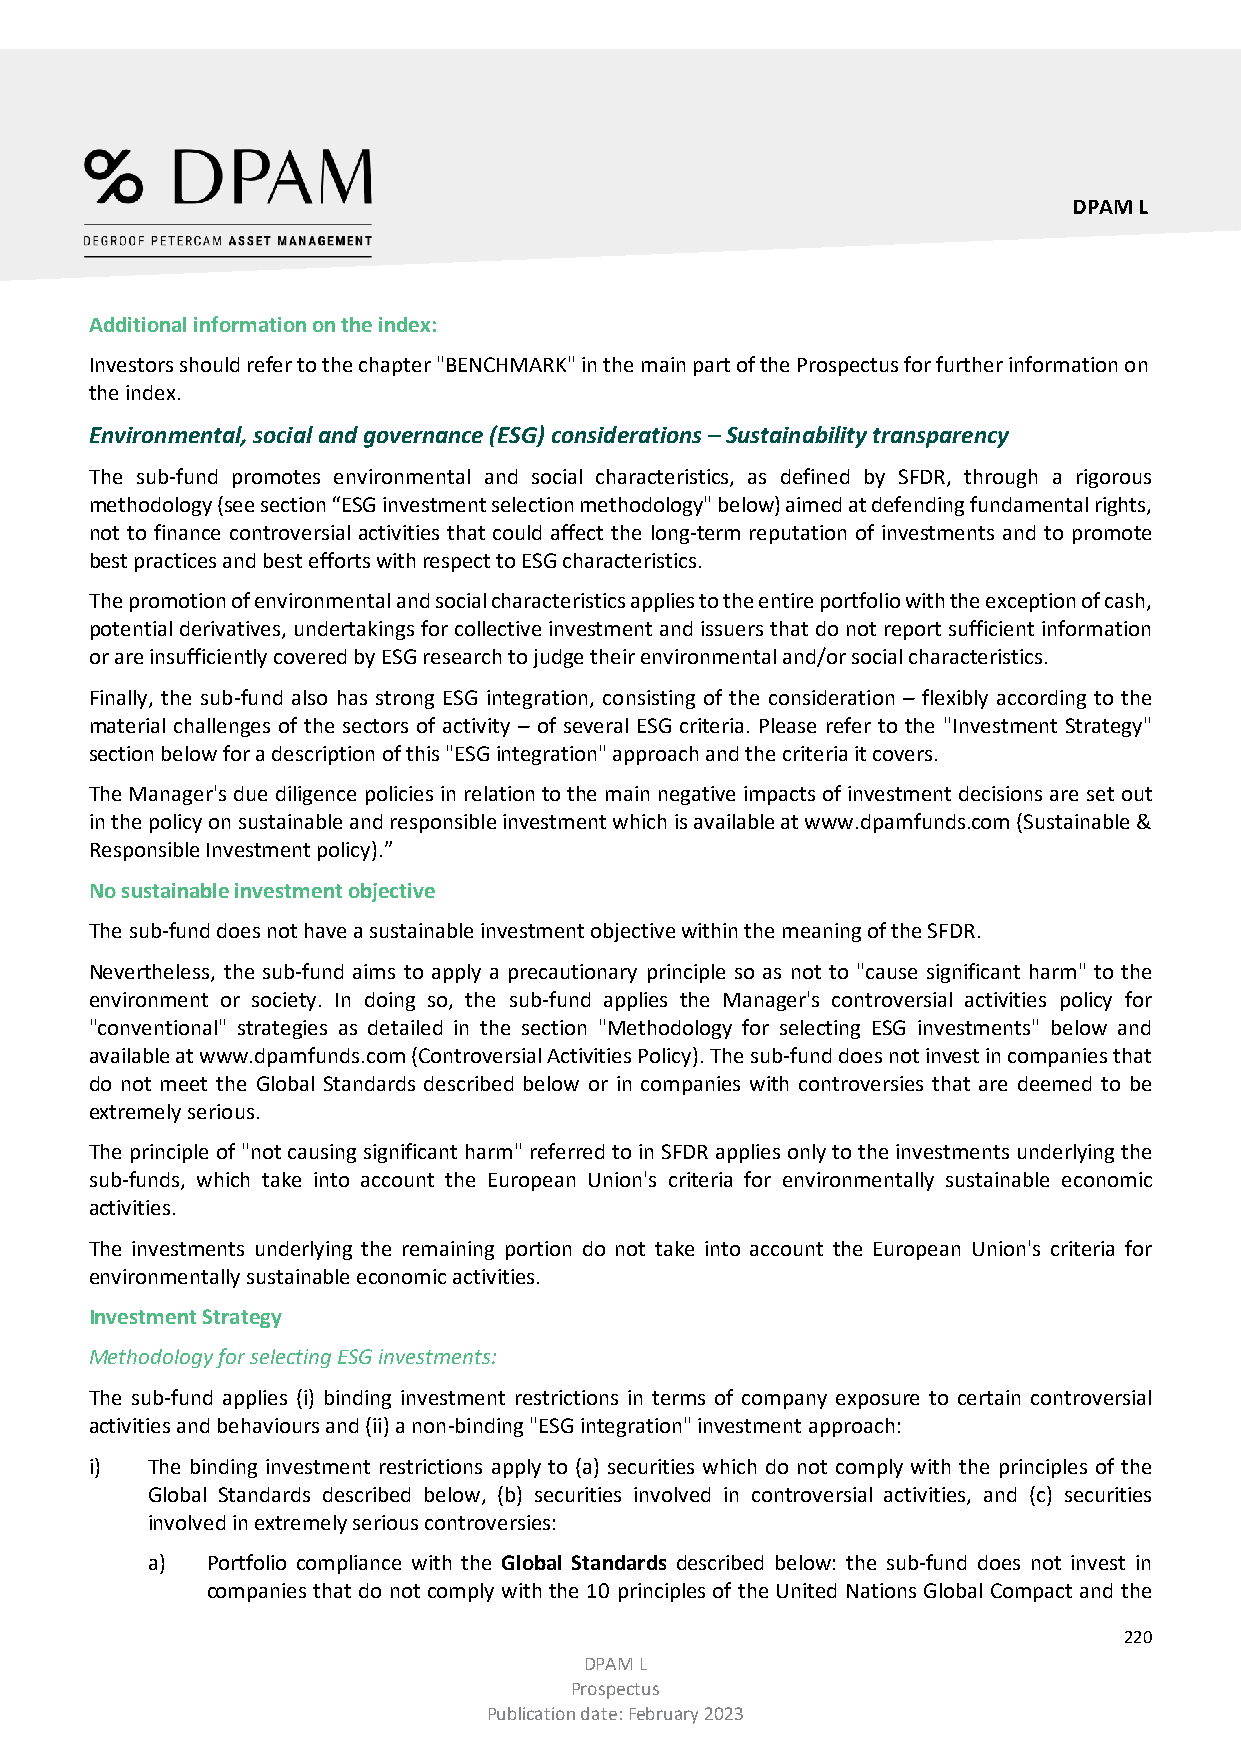
DPAM L
 Additional information on the index:
 Investors should refer to the chapter "BENCHMARK" in the main part of the Prospectus for further information on
 the index.
 Environmental, social and governance (ESG) considerations – Sustainability transparency
 The sub-fund promotes environmental and social characteristics, as defined by SFDR, through a rigorous
 methodology (see section “ESG investment selection methodology" below) aimed at defending fundamental rights,
 not to finance controversial activities that could affect the long-term reputation of investments and to promote
 best practices and best efforts with respect to ESG characteristics.
 The promotion of environmental and social characteristics applies to the entire portfolio with the exception of cash,
 potential derivatives, undertakings for collective investment and issuers that do not report sufficient information
 or are insufficiently covered by ESG research to judge their environmental and/or social characteristics.
 Finally, the sub-fund also has strong ESG integration, consisting of the consideration – flexibly according to the
 material challenges of the sectors of activity – of several ESG criteria. Please refer to the "Investment Strategy"
 section below for a description of this "ESG integration" approach and the criteria it covers.
 The Manager's due diligence policies in relation to the main negative impacts of investment decisions are set out
 in the policy on sustainable and responsible investment which is available at www.dpamfunds.com (Sustainable &
 Responsible Investment policy).”
 No sustainable investment objective
 The sub-fund does not have a sustainable investment objective within the meaning of the SFDR.
 Nevertheless, the sub-fund aims to apply a precautionary principle so as not to "cause significant harm" to the
 environment or society. In doing so, the sub-fund applies the Manager's controversial activities policy for
 "conventional" strategies as detailed in the section "Methodology for selecting ESG investments" below and
 available at www.dpamfunds.com (Controversial Activities Policy). The sub-fund does not invest in companies that
 do not meet the Global Standards described below or in companies with controversies that are deemed to be
 extremely serious.
 The principle of "not causing significant harm" referred to in SFDR applies only to the investments underlying the
 sub-funds, which take into account the European Union's criteria for environmentally sustainable economic
 activities.
 The investments underlying the remaining portion do not take into account the European Union's criteria for
 environmentally sustainable economic activities.
 Investment Strategy
 Methodology for selecting ESG investments:
 The sub-fund applies (i) binding investment restrictions in terms of company exposure to certain controversial
 activities and behaviours and (ii) a non-binding "ESG integration" investment approach:
 i)  The binding investment restrictions apply to (a) securities which do not comply with the principles of the
 Global Standards described below, (b) securities involved in controversial activities, and (c) securities
 involved in extremely serious controversies:
 a)  Portfolio compliance with the Global Standards described below: the sub-fund does not invest in
 companies that do not comply with the 10 principles of the United Nations Global Compact and the
 220
 DPAM L
 Prospectus
 Publication date: February 2023